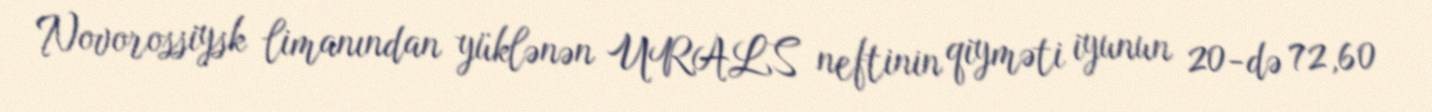
Novorossiysk limanından yüklənən URALS neftinin qiyməti iyunun 20-də 72,60